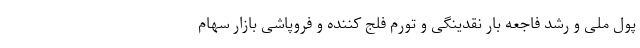
پول ملی و رشد فاجعه بار نقدینگی و تورم فلج کننده و فروپاشی بازار سهام